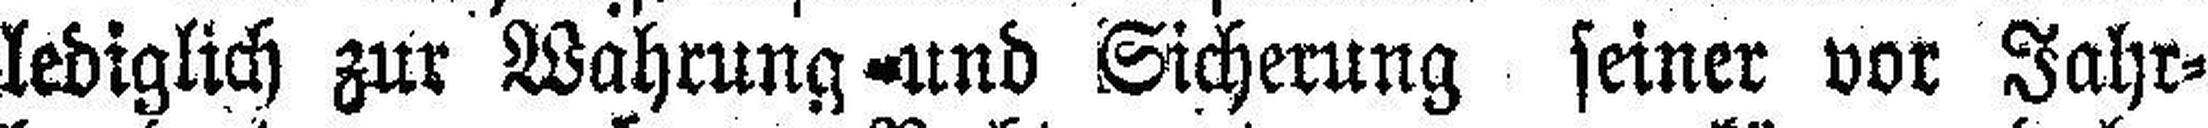
lediglich zur Wahrung und Sicherung seiner vor Jahr¬